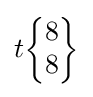
t{\begin{Bmatrix}8\\8\end{Bmatrix}}